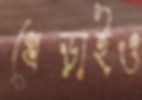
ধেড়াইও